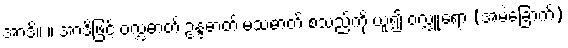
အာဒိ။ ။ အာဒိဖြင့် ဝလ္လဓာတ် ဥန္ဒဓာတ် မသဓာတ် စသည်ကို ယူ၍ ဝလ္လူရော (အမဲခြောက်)